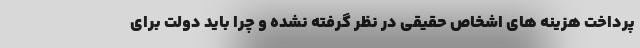
پرداخت هزینه های اشخاص حقیقی در نظر گرفته نشده و چرا باید دولت برای